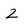
Character: 2